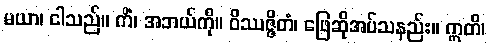
မယာ၊ ငါသည်။ ကိံ၊ အဘယ်ကို။ ဝိဿဇ္ဇိတံ၊ ဖြေဆိုအပ်သနည်း။ ဣတိ၊